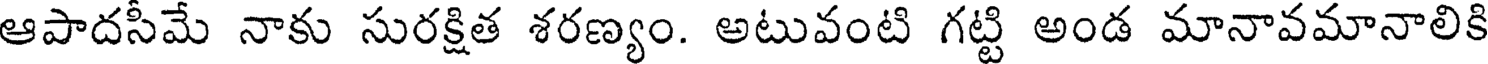
ఆపాదసీమే నాకు సురక్షిత శరణ్యం. అటువంటి గట్టి అండ మానావమానాలికి